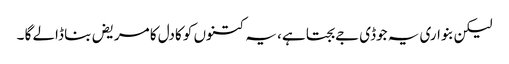
لیکن بنواری یہ جوڈی جے بجتا ہے، یہ کتنوں کو کادل کا مریض بنا ڈالے گا ۔